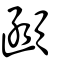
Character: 顄